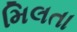
મિલતા